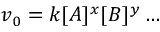
v _ { 0 } = k [ A ] ^ { x } [ B ] ^ { y } \ldots